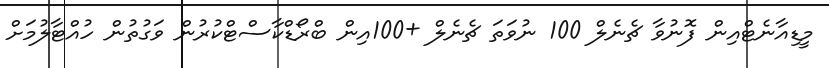
މީޑިއާނެޓްއިން ފޮނުވާ ޗެނެލް 100 ނުވަތަ ޗެނެލް +100އިން ބްރޯޑްކާސްޓްކުރުން ވަގުތުން ހުއްޓާލުމަށް